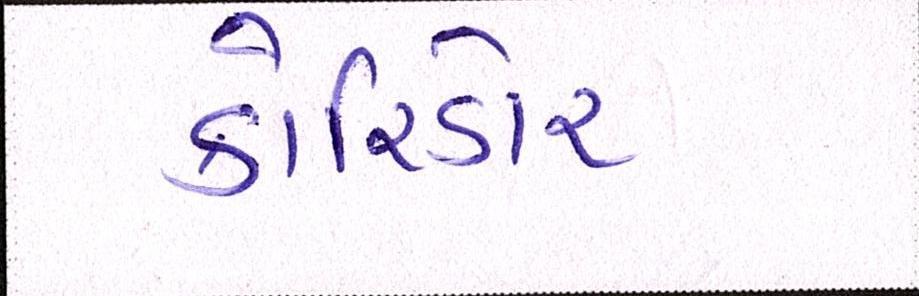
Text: કોરિડોર